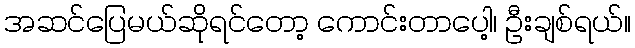
အဆင်ပြေမယ်ဆိုရင်တော့ ကောင်းတာပေါ့၊ ဦးချစ်ရယ်။